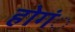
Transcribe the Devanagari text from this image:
होगंें